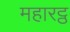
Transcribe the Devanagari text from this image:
महारट्ठ